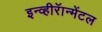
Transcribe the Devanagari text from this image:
इन्व्हीरॅान्मेंटल